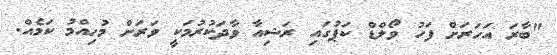
"ބާރަ އަހަރަށް ފަހު ވޯލްޑް ކަޕުގައި ރަޝިއާ ވާދަކުރުމަކީ ވަރަށް މުހިއްމު ކަމެއް.